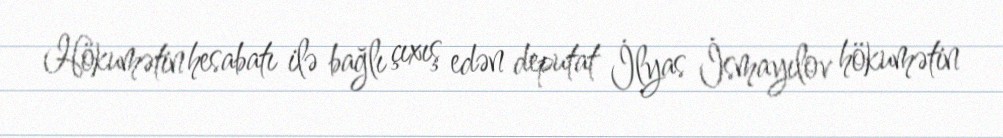
Hökumətin hesabatı ilə bağlı çıxış edən deputat İlyas İsmayılov hökumətin